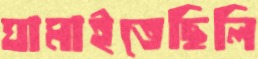
ঘামাইতেছিলি